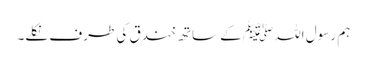
ہم رسول اللہﷺ کے ساتھ خندق کی طرف نکلے۔